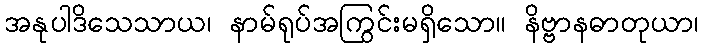
အနုပါဒိသေသာယ၊ နာမ်ရုပ်အကြွင်းမရှိသော။ နိဗ္ဗာနဓာတုယာ၊